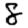
Digit: 8